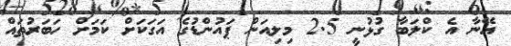
އޭނާ އެ ކްލަބާ ގުޅުނީ 2.5 މިލިއަން ޕައުންޑުގެ އަގަކަށް ކަމަށް ހަބަރުތައް